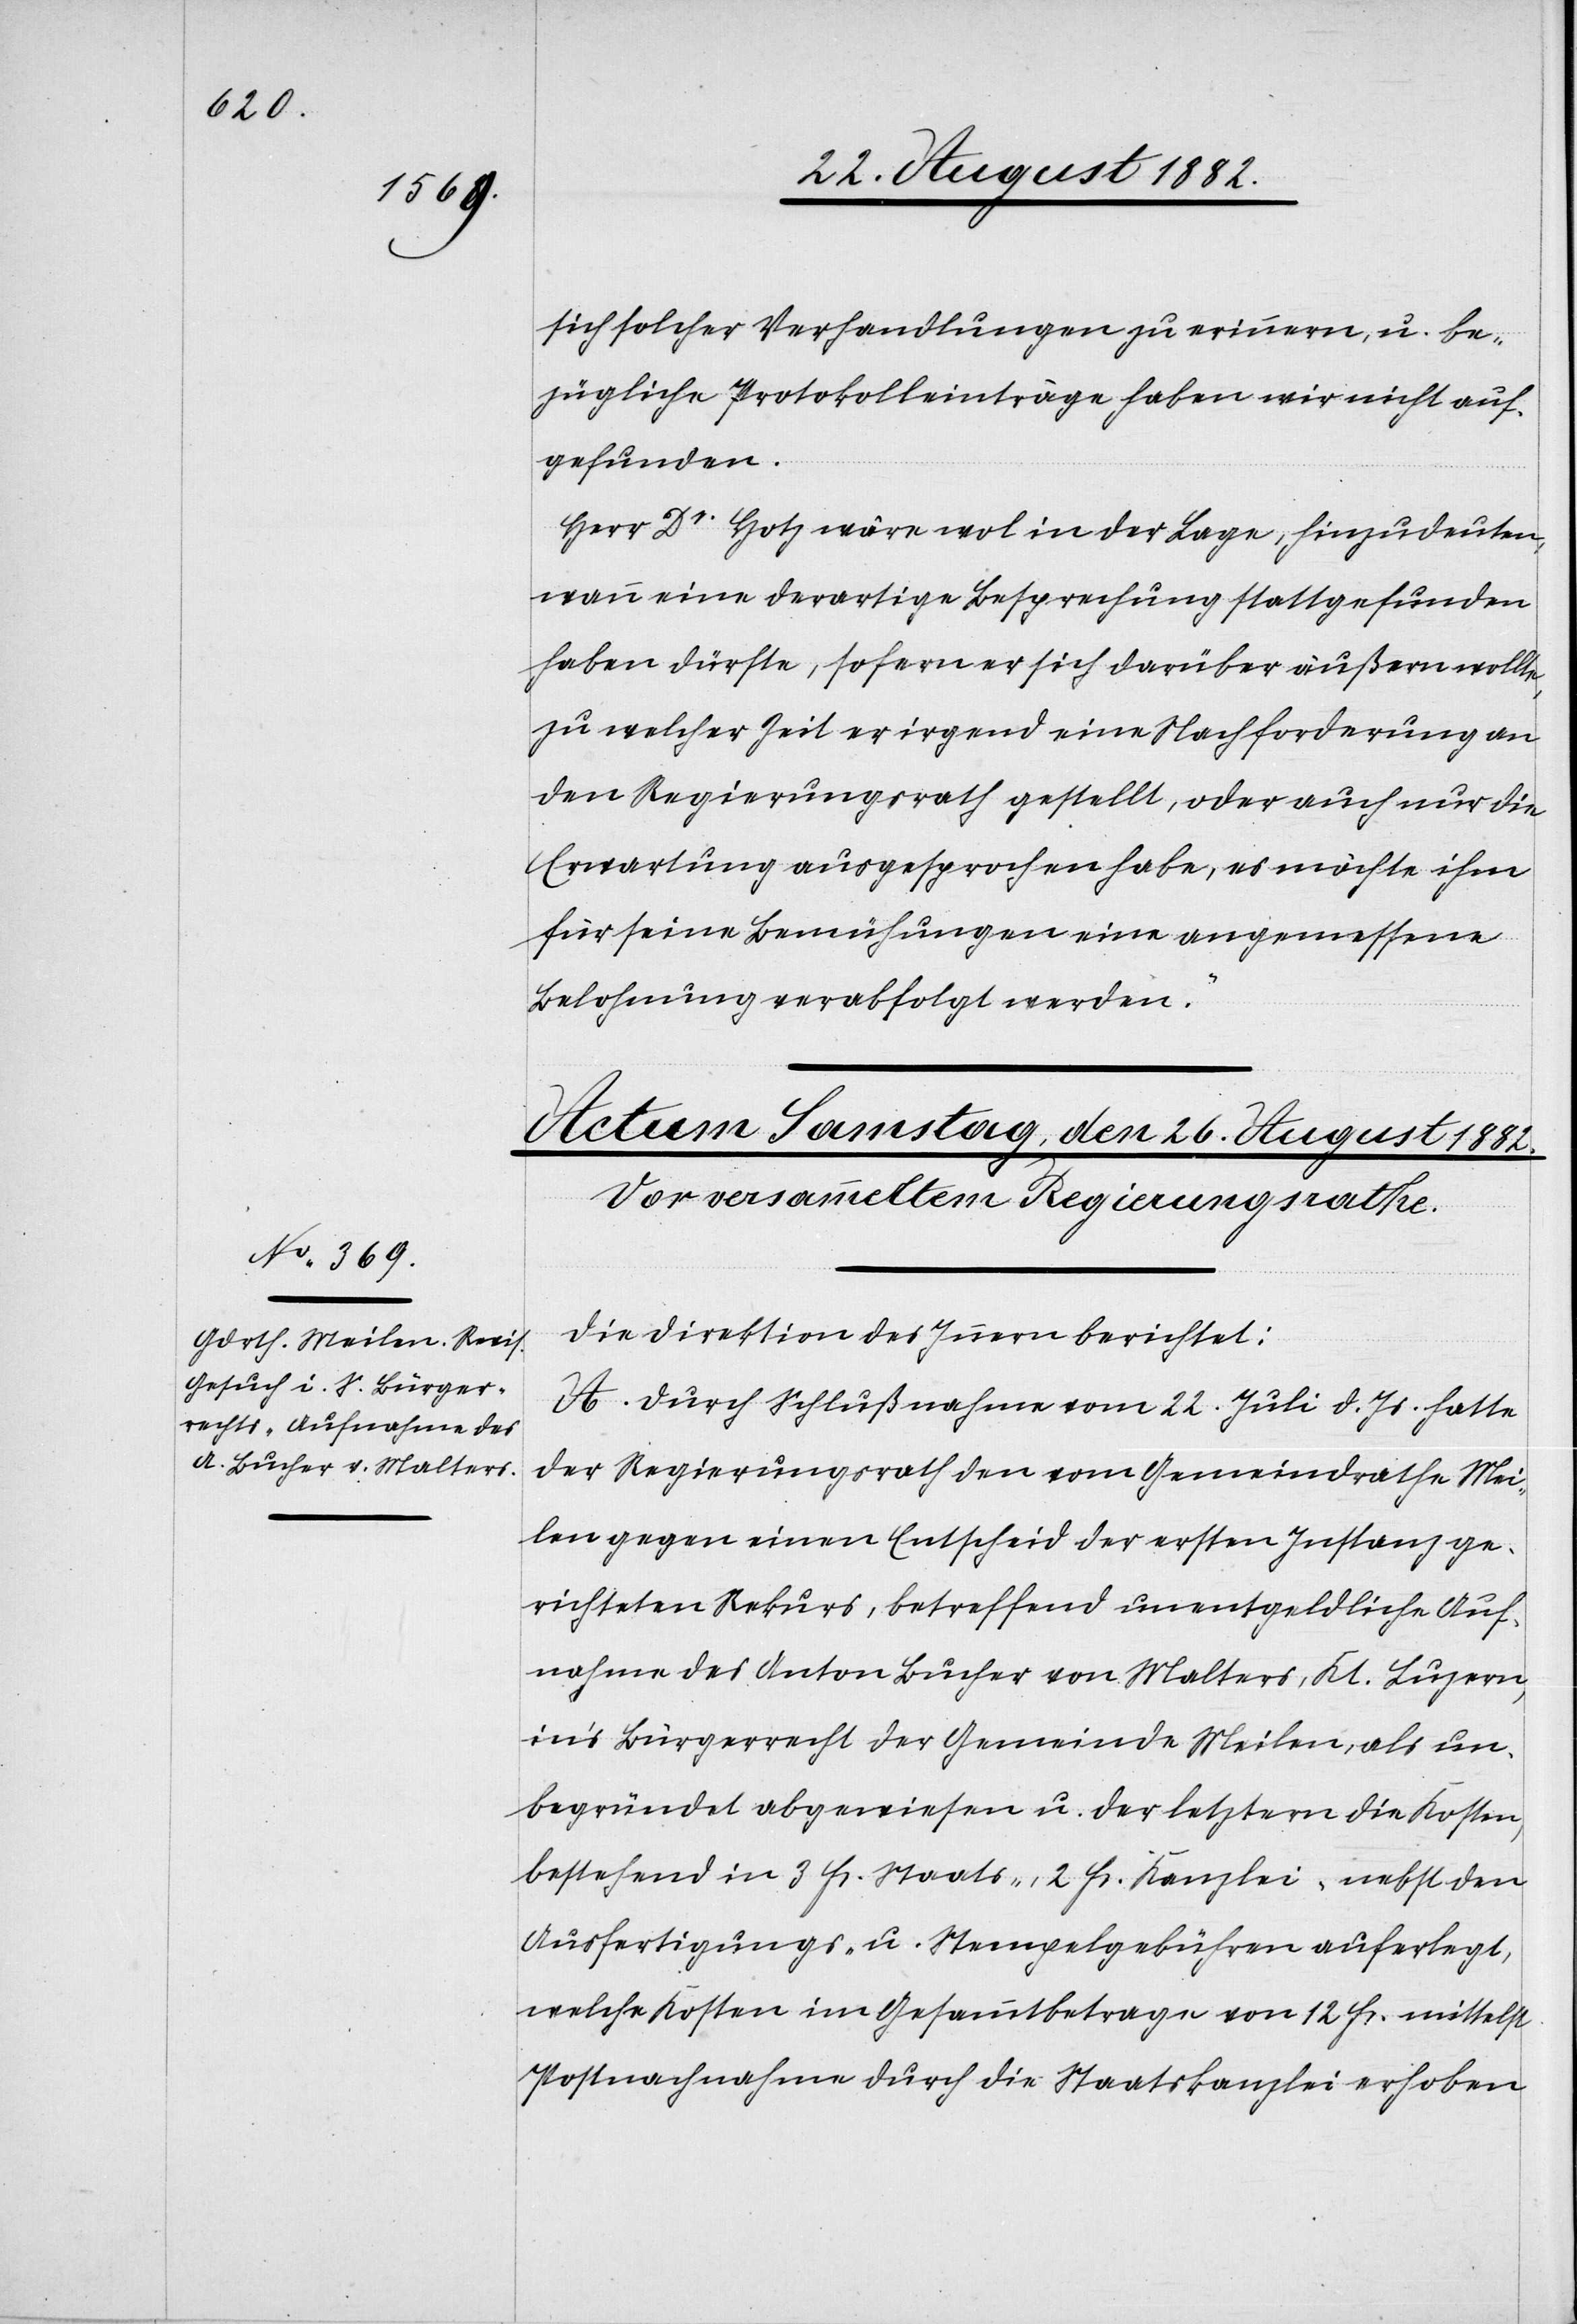
sich solcher Verhandlungen zu erinnern, u. be¬
zügliche Protokolleinträge haben wir nicht auf¬
gefunden.
Herr Dr Hotz wäre wol in der Lage, hinzudeuten,
wann eine derartige Besprechung stattgefunden
haben dürfte, sofern er sich darüber äußern wollte,
zu welcher Zeit er irgend eine Nachforderung an
den Regierungsrath gestellt, oder auch nur die
Erwartung ausgesprochen habe, es möchte ihm
für seine Bemühungen eine angemessene
Belohnung verabfolgt werden.“
Die Direktion des Innern berichtet:
A. Durch Schlußnahme vom 22. Juli d. Js. hatte
der Regierungsrath den vom Gemeindrathe Mei¬
len gegen einen Entscheid der ersten Instanz ge¬
richteten Rekurs, betreffend unentgeldliche Auf¬
nahme des Anton Bucher von Malters, Kt. Luzern,
in’s Bürgerrecht der Gemeinde Meilen, als un¬
begründet abgewiesen u. der letztern die Kosten,
bestehend in 3 Fr. Staats-, 2 Fr. Kanzlei- nebst den
Ausfertigungs- u. Stempelgebühren auferlegt,
welche Kosten im Gesammtbetrage von 12. Fr. mittelst
Postnachnahme durch die Staatskanzlei erhoben